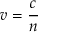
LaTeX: v = { \frac { c } { n } }